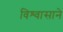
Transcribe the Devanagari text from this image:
विश्‍वासाने